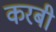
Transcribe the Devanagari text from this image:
करबी